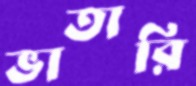
ভাতারি